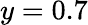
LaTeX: y=0.7